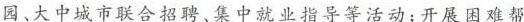
园、大中城市联合招聘、集中就业指导等活动；开展困难帮